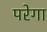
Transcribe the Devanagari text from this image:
परेगा